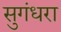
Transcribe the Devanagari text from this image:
सुगंधरा